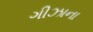
ગીઝાના